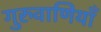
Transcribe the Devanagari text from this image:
गुरुवाणियाँ